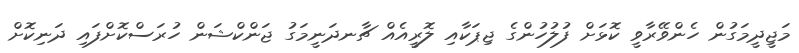
މަޖީދީމަގުން ހެންވޭރާވީ ކޮޅަށް ފުލުހުންގެ ޖިޕަކާއި ލޮރީއެއް ޗާނދަނީމަގު ޖަންކްޝަން ހުރަސްކޮށްފައި ދަނިކޮށް